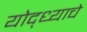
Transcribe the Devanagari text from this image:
योद्ध्याचे